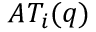
A T _ { i } ( q )